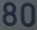
80